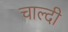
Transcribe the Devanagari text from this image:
चाल्दी